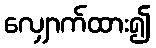
လျှောက်ထား၍